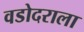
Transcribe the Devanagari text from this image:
वडोदराला